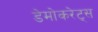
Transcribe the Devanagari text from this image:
डेमोकरेट्स